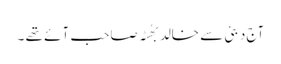
آج دبئی سے خالد بھُٹہ صاحب آئے تھے ۔